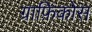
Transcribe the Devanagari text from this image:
ग्राफ़िकोस